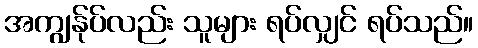
အကျွန်ုပ်လည်း သူများ ရပ်လျှင် ရပ်သည်။